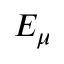
E _ { \mu }